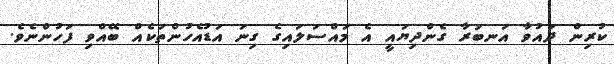
ކުރިން ދައުވާ އަނބުރާ ގެންދިޔައީ އެ މައްސަލައިގެ ގިނަ އަޑުއެހުންތަކެއް ބޭއްވި ފަހުންނެވެ.